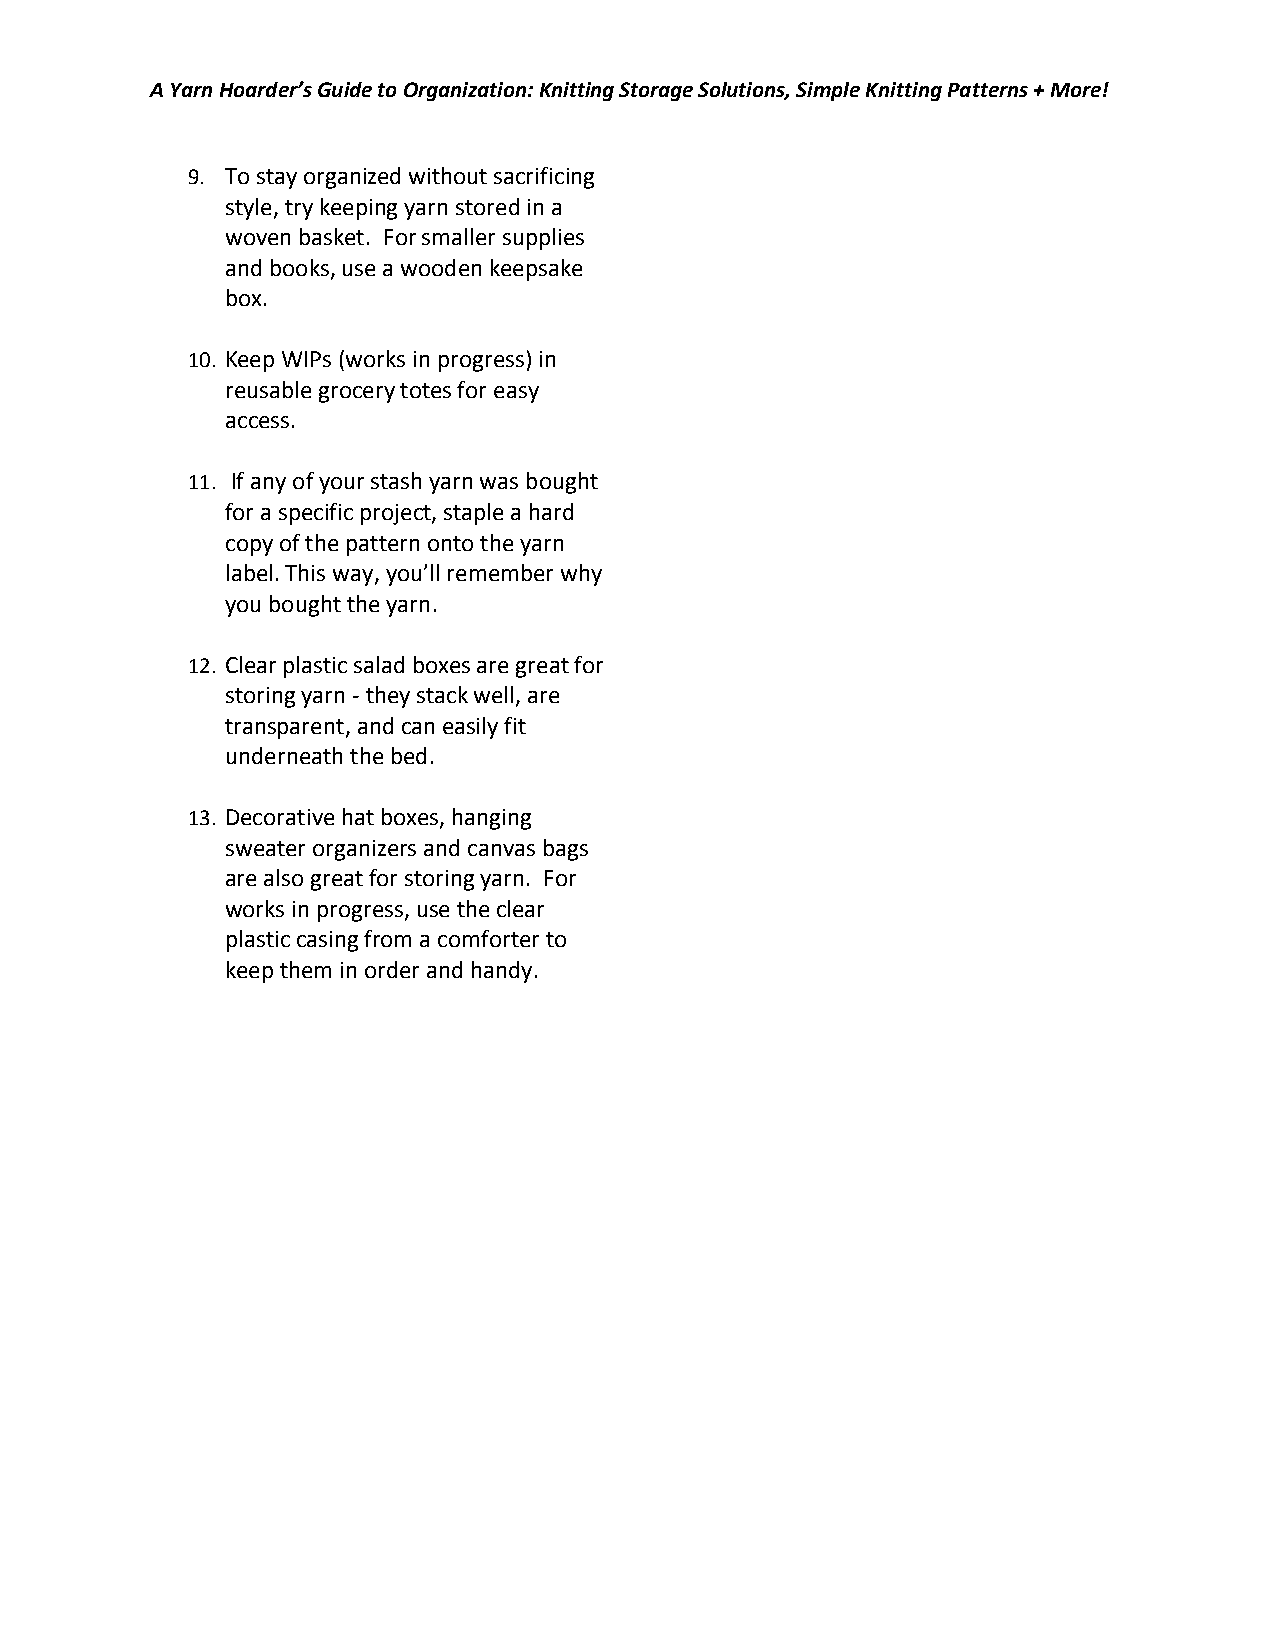
A Yarn Hoarder’s Guide to Organization: Knitting Storage Solutions, Simple Knitting Patterns + More!
 9. To stay organized without sacrificing
 style, try keeping yarn stored in a
 woven basket. For smaller supplies
 and books, use a wooden keepsake
 box.
 10. Keep WIPs (works in progress) in
 reusable grocery totes for easy
 access.
 11. If any of your stash yarn was bought
 for a specific project, staple a hard
 copy of the pattern onto the yarn
 label. This way, you’ll remember why
 you bought the yarn.
 12. Clear plastic salad boxes are great for
 storing yarn - they stack well, are
 transparent, and can easily fit
 underneath the bed.
 13. Decorative hat boxes, hanging
 sweater organizers and canvas bags
 are also great for storing yarn. For
 works in progress, use the clear
 plastic casing from a comforter to
 keep them in order and handy.